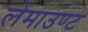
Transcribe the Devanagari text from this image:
लेमाउण्ट